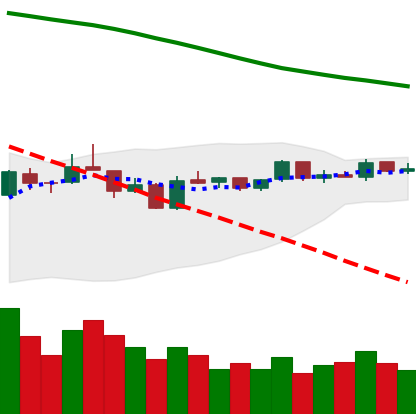
Ticker: EOS-USD
Chart end date: 2019-01-08
Forward return: -19.21%
Label: down_7plus